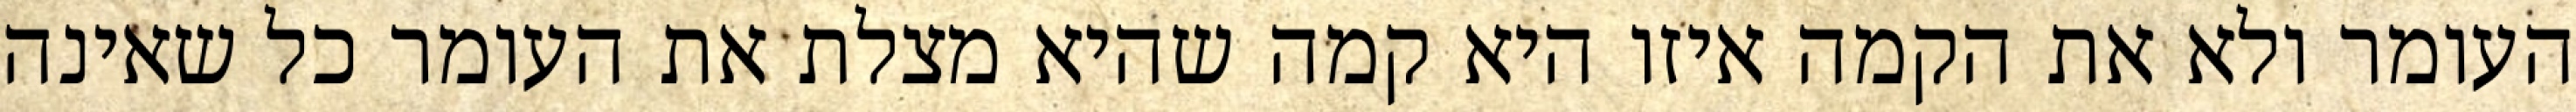
העומר ולא את הקמה איזו היא קמה שהיא מצלת את העומר כל שאינה